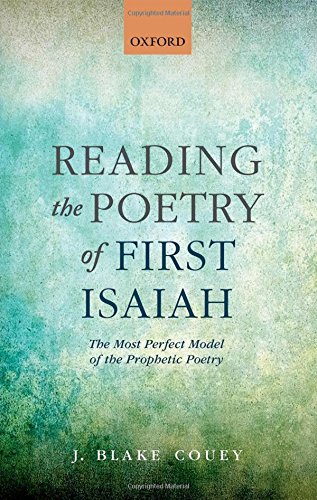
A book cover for Reading the Poetry of First Isaiah: The Most Perfect Model of the Prophetic Poetry; J. Blake Couey; Christian Books & Bibles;